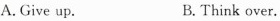
A. Give up. B. Think over.